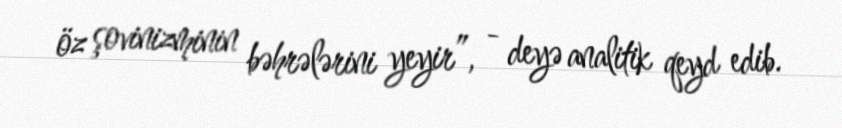
öz şovinizminin bəhrələrini yeyir”, - deyə analitik qeyd edib.